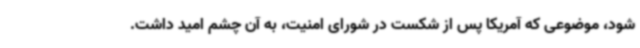
شود، موضوعی که آمریکا پس از شکست در شورای امنیت، به آن چشم امید داشت.